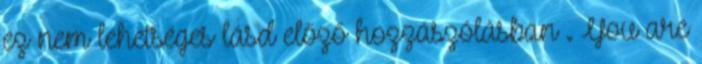
ez nem lehetséges lásd előző hozzászólásban . You are